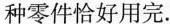
种零件恰好用完。